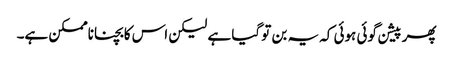
پھر پیشن گوئی ہوئی کہ یہ بن تو گیا ہے لیکن اس کا بچنا ناممکن ہے۔